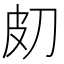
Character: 𤿇